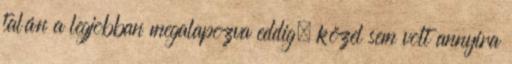
talán a legjobban megalapozva eddig, közel sem volt annyira